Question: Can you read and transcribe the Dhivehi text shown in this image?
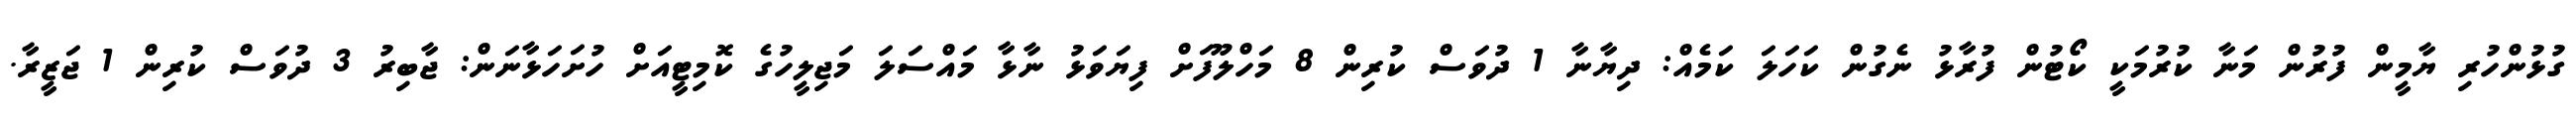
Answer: ގުޅުންހުރި ޔާމީން ފުރުން މަނާ ކުރުމަކީ ކޯޓުން ފުރާޅު ނެގުން ކަހަލަ ކަމެއް: ދިޔާނާ 1 ދުވަސް ކުރިން 8 މަހްލޫފަށް ފިޔަވަޅު ނާޅާ މައްސަލަ މަޖިލީހުގެ ކޮމިޓީއަށް ހުށަހަޅާނަން: ޖާބިރު 3 ދުވަސް ކުރިން 1 ޖަޒީރާ.